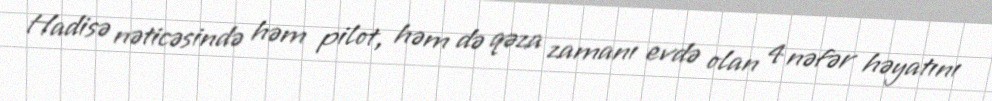
Hadisə nəticəsində həm pilot, həm də qəza zamanı evdə olan 4 nəfər həyatını